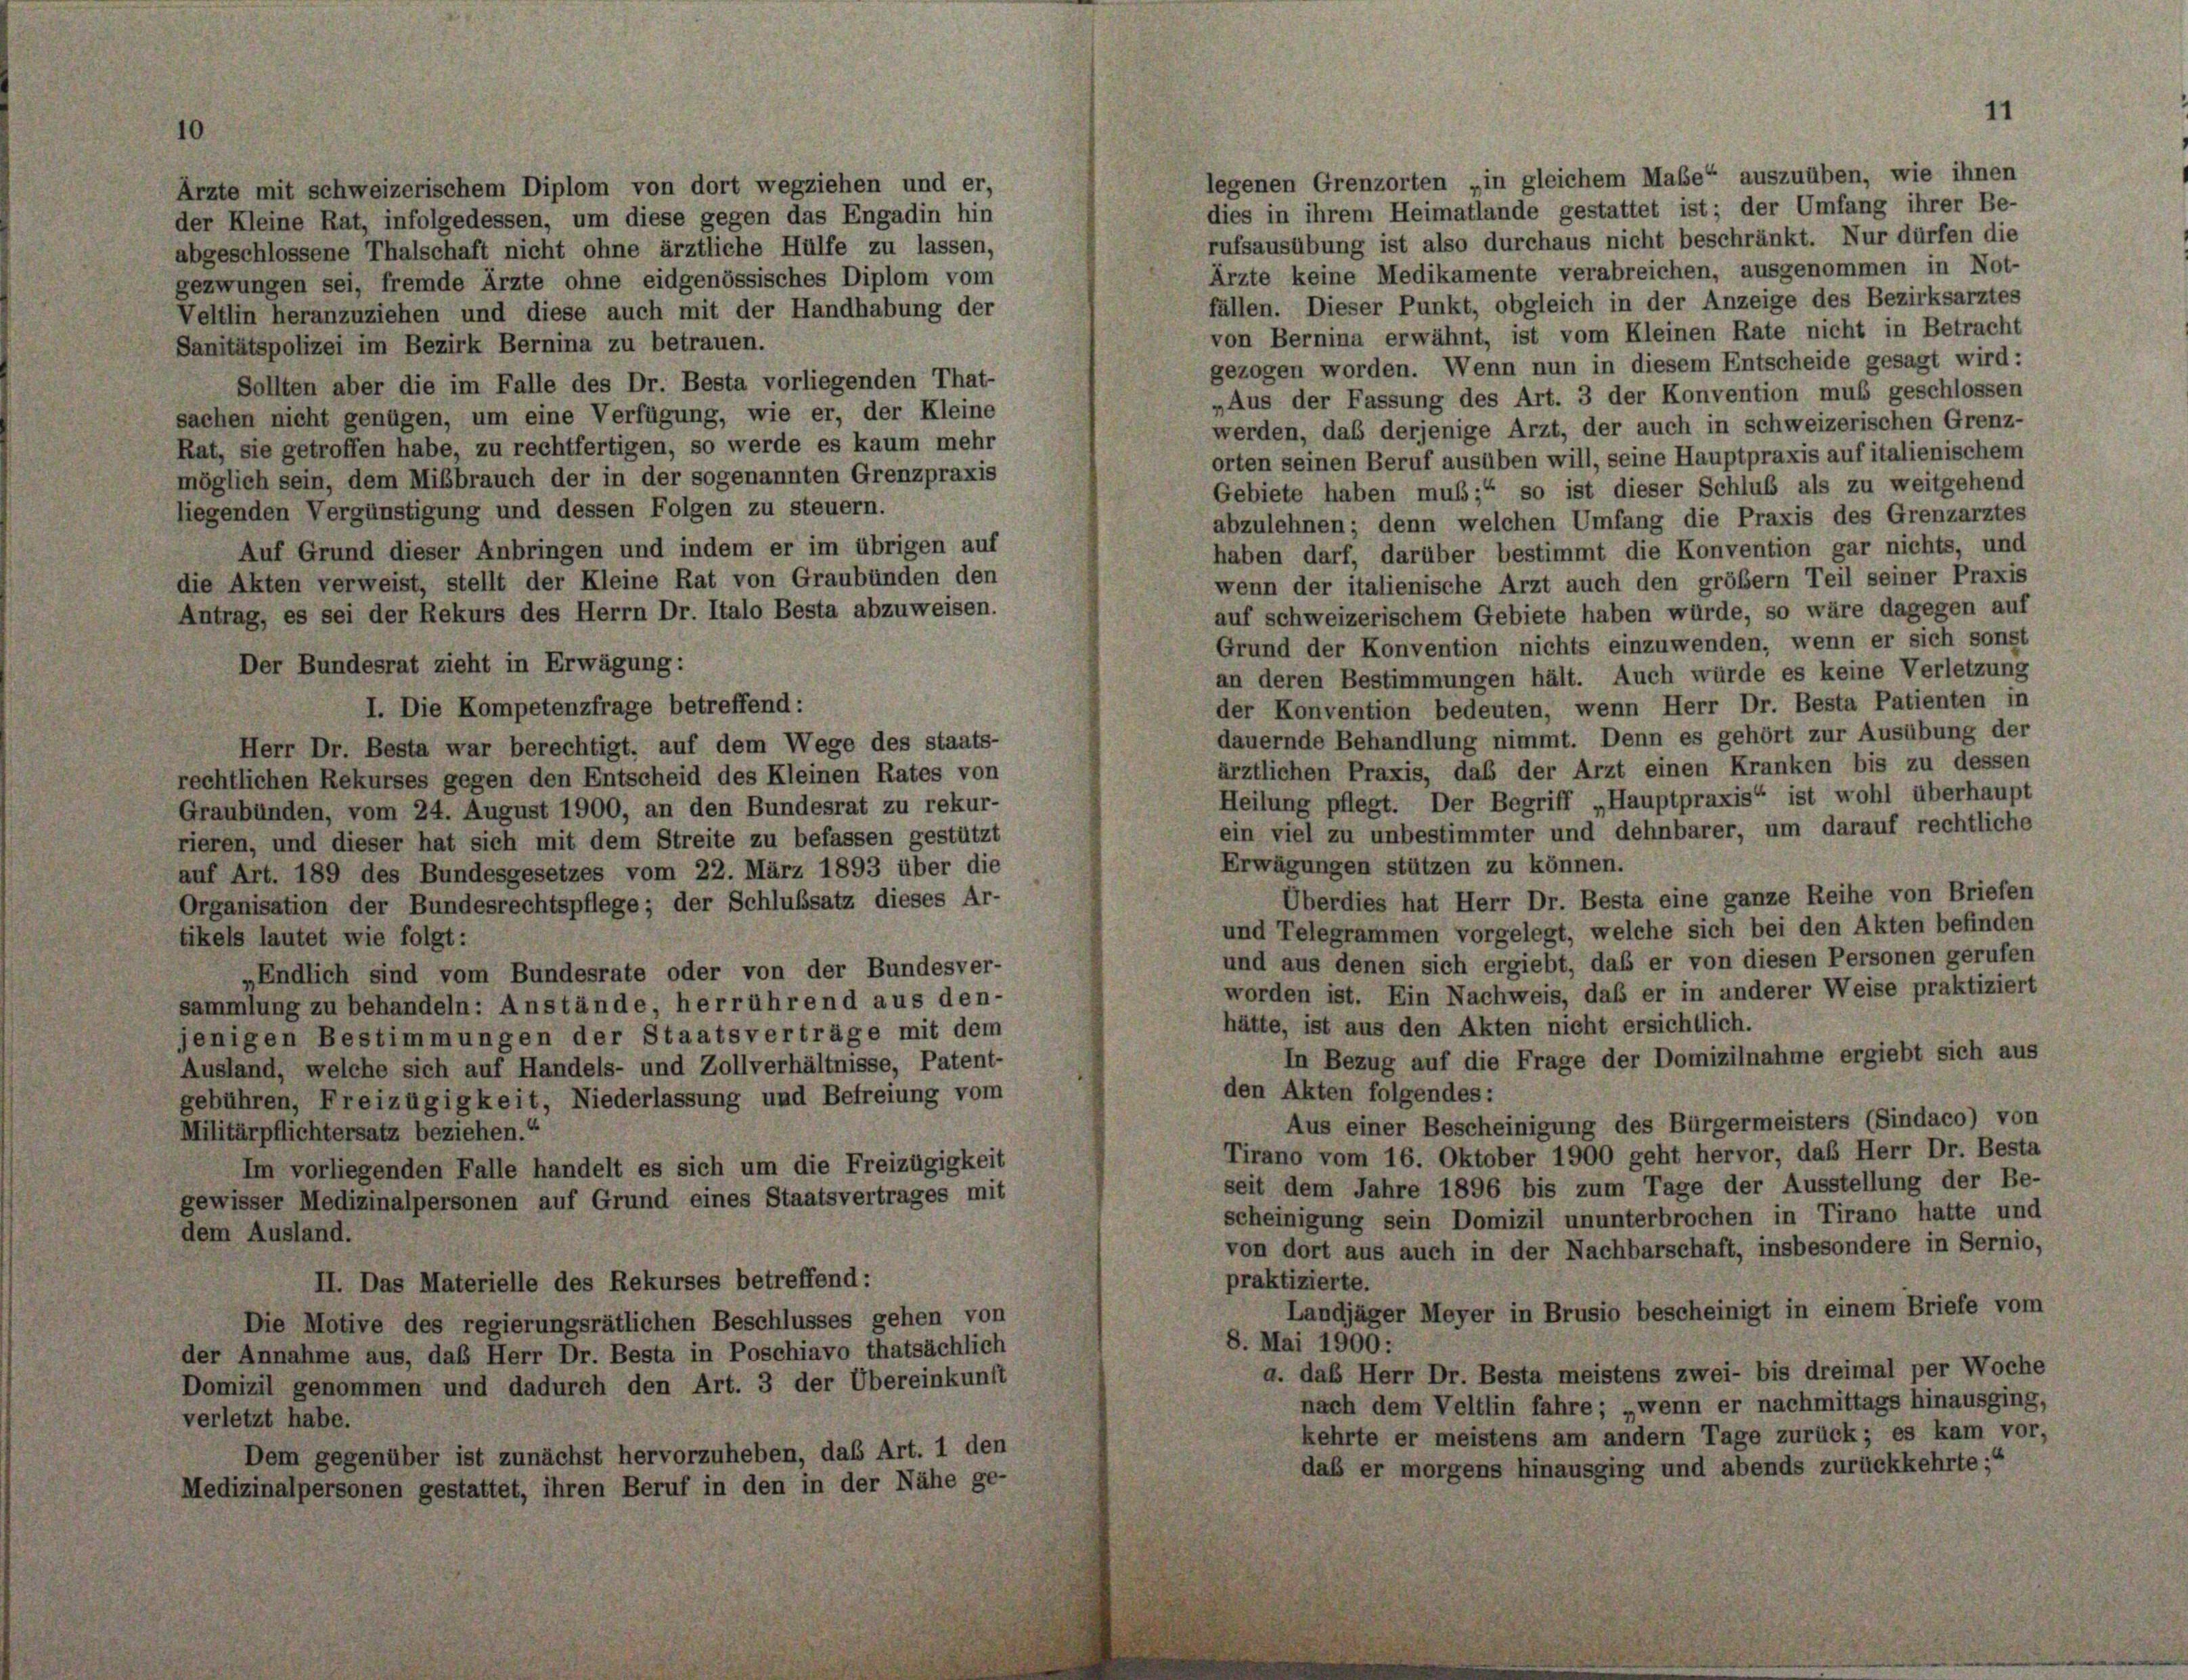
1.

Ärzte mit schweizerischem Diplom von dort wegziehen und er,
der Kleine Rat, infolgedessen, um diese gegen das Engadin hin
abgeschlossene Thalschaft nicht ohne ärztliche Hülfe zu lassen,
gezwungen sei, fremde Ärzte ohne eidgenössisches Diplom vom

Veltlin heranzuziehen und diese auch mit der Handhabung der
Sanitätspolizei im Bezirk Bernina zu betrauen.
Sollten aber die im Falle des Dr. Besta vorliegenden That-
sachen nicht genügen, um eine Verfügung, wie er, der Kleine
Rat, sie getroffen habe, zu rechtfertigen, so werde es kaum mehr
möglich sein, dem Mißbrauch der in der sogenannten Grenzpraxis
liegenden Vergünstigung und dessen Folgen zu steuern.
Auf Grund dieser Anbringen und indem er im übrigen auf
die Akten verweist, stellt der Kleine Rat von Graubünden den
Antrag, es sei der Rekurs des Herrn Dr. Italo Besta abzuweisen.
Der Bundesrat zieht in Erwägung:
I. Die Kompetenzfrage betreffend:
Herr Dr. Besta war berechtigt, auf dem Wege des staats-
rechtlichen Rekurses gegen den Entscheid des Kleinen Rates von
Graubünden, vom 24. August 1900, an den Bundesrat zu rekur-
rieren, und dieser hat sich mit dem Streite zu befassen gestützt
auf Art. 189 des Bundesgesetzes vom 22. März 1893 über die
Organisation der Bundesrechtspflege; der Schlußsatz dieses Ar-
tikels lautet wie folgt:
„Endlich sind vom Bundesrate oder von der Bundesver-
sammlung zu behandeln: Anstände, herrührend aus den-
jenigen Bestimmungen der Staatsverträge mit dem
In Bezug auf die Frage der Domizilnahme ergiebt sich aus
Ausland, welche sich auf Handels- und Zollverhältnisse, Patent-
den Akten folgendes:
gebühren, Freizügigkeit, Niederlassung und Befreiung vom
Aus einer Bescheinigung des Bürgermeisters (Sindaco) von
Militärpflichtersatz beziehen.“
Tirano vom 16. Oktober 1900 geht hervor, daß Herr Dr. Besta
Im vorliegenden Falle handelt es sich um die Freizügigkeit
seit dem Jahre 1896 bis zum Tage der Ausstellung der Be-
gewisser Medizinalpersonen auf Grund eines Staatsvertrages mit
scheinigung sein Domizil ununterbrochen in Tirano hatte und
dem Ausland.
von dort aus auch in der Nachbarschaft, insbesondere in Sernio,
praktizierte.
II. Das Materielle des Rekurses betreffend:
Landjäger Meyer in Brusio bescheinigt in einem Briefe vom
Die Motive des regierungsrätlichen Beschlusses gehen von
8. Mai 1900:
der Annahme aus, daß Herr Dr. Besta in Poschiavo thatsächlich
a. das Herr Dr. Besta meistens zwei- bis dreimal per Woche
Domizil genommen und dadurch den Art. 3 der Übereinkunft
nach dem Veltlin fahre; „wenn er nachmittags hinausging,
verletzt habe.
kehrte er meistens am andern Tage zurück; es kam vor,
Dem gegenüber ist zunächst hervorzuheben, das Art. 1 den
daß er morgens hinausging und abends zurückkehrte;“
Medizinalpersonen gestattet, ihren Beruf in den in der Nähe ge-

legenen Grenzorten „in gleichem Mabe“ auszuüben, wie ihnen
dies in ihrem Heimatlande gestattet ist; der Umfang ihrer Be-
rufsausübung ist also durchaus nicht beschränkt. Nur dürfen die
Ärzte keine Medikamente verabreichen, ausgenommen in Not-
fällen. Dieser Punkt, obgleich in der Anzeige des Bezirksarztes
von Bernina erwähnt, ist vom Kleinen Rate nicht in Betracht
gezogen worden. Wenn nun in diesem Entscheide gesagt wird:
„Aus der Fassung des Art. 3 der Konvention mus geschlossen
werden, daß derjenige Arzt, der auch in schweizerischen Grenz-
orten seinen Beruf ausüben will, seine Hauptpraxis auf italienischem
Gebiete haben muß;“ so ist dieser Schluß als zu weitgehend
abzulehnen; denn welchen Umfang die Praxis des Grenzarztes
haben darf, darüber bestimmt die Konvention gar nichts, und
wenn der italienische Arzt auch den größem Teil seiner Praxis
auf schweizerischem Gebiete haben würde, so wäre dagegen auf
Grund der Konvention nichts einzuwenden, wenn er sich sonst
an deren Bestimmungen hält. Auch würde es keine Verletzung
der Konvention bedeuten, wenn Herr Dr. Besta Patienten in
dauernde Behandlung nimmt. Denn es gehört zur Ausübung der
ärztlichen Praxis, daß der Arzt einen Kranken bis zu dessen
Heilung pflegt. Der Begriff „Hauptpraxis“ ist wohl überhaupt
ein viel zu unbestimmter und dehnbarer, um darauf rechtliche
Erwägungen stützen zu können.
Überdies hat Herr Dr. Besta eine ganze Reihe von Briefen
und Telegrammen vorgelegt, welche sich bei den Akten befinden
und aus denen sich ergiebt, daß er von diesen Personen gerufen
worden ist. Ein Nachweis, daß er in anderer Weise praktiziert
hätte, ist aus den Akten nicht ersichtlich.

11